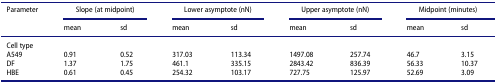
<table><thead><tr><td><b>Parameter</b></td><td colspan="2"><b>Slope (at midpoint)</b></td><td colspan="2"><b>Lower asymptote (nN)</b></td><td colspan="2"><b>Upper asymptote (nN)</b></td><td colspan="2"><b>Midpoint (minutes)</b></td></tr><tr><td><b> </b></td><td><b>mean</b></td><td><b>sd</b></td><td><b>mean</b></td><td><b>sd</b></td><td><b>mean</b></td><td><b>sd</b></td><td><b>mean</b></td><td><b>sd</b></td></tr></thead><tbody><tr><td>Cell type</td><td> </td><td> </td><td> </td><td> </td><td> </td><td> </td><td> </td><td> </td></tr><tr><td>A549</td><td>0.91</td><td>0.52</td><td>317.03</td><td>113.34</td><td>1497.08</td><td>257.74</td><td>46.7</td><td>3.15</td></tr><tr><td>DF</td><td>1.37</td><td>1.75</td><td>461.1</td><td>335.15</td><td>2843.42</td><td>836.39</td><td>56.33</td><td>10.37</td></tr><tr><td>HBE</td><td>0.61</td><td>0.45</td><td>254.32</td><td>103.17</td><td>727.75</td><td>125.97</td><td>52.69</td><td>3.09</td></tr></tbody></table>